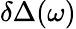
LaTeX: \delta\Delta(\omega)